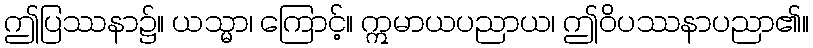
ဤပြဿနာ၌။ ယသ္မာ၊ ကြောင့်။ ဣမာယပညာယ၊ ဤဝိပဿနာပညာ၏။